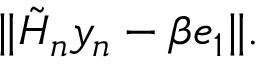
\| { \tilde { H } } _ { n } y _ { n } - \beta e _ { 1 } \| .